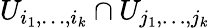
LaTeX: U_{i_{1},\dots,i_{k}}\cap U_{j_{1},\dots,j_{k}}